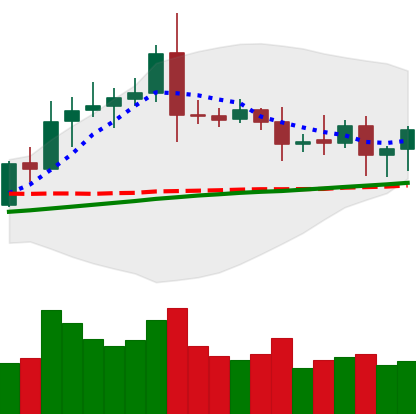
Ticker: ETC-USD
Chart end date: 2020-08-13
Forward return: 3.812%
Label: up_3_5